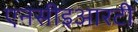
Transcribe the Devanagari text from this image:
एनसीइआरटी